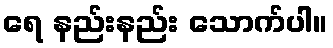
ရေ နည်းနည်း သောက်ပါ။